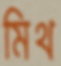
মিথ